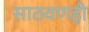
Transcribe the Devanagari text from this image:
साठवणही